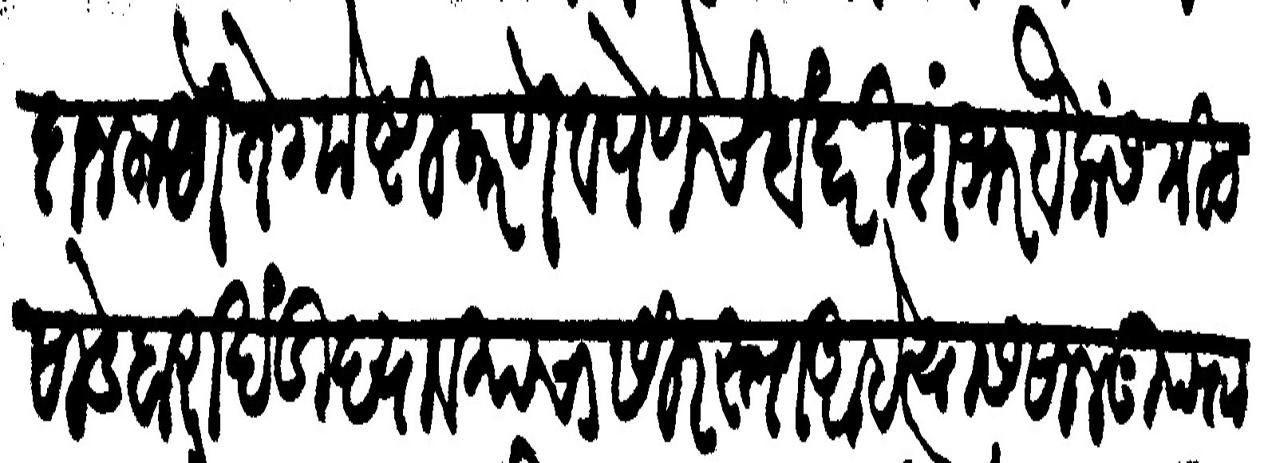
Transliteration (Devanagari): तगादा न लागे ते गोष्टी करणे व पेणेचे बंदरी शंभर बैलांस मीठ साडे बारा खंडी द्यावयाचा सिरस्ता आहे त्यास साल गुदस्ता